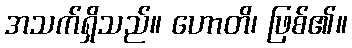
အသက်ရှိသည်။ ဟောတိ၊ ဖြစ်၏။